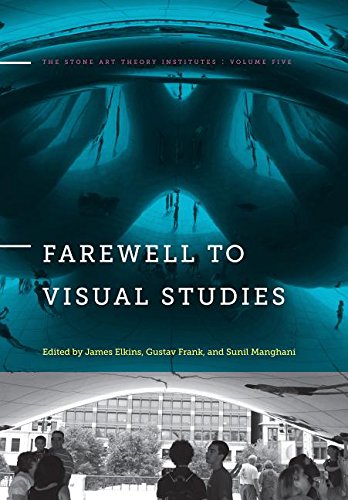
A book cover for Farewell to Visual Studies (The Stone Art Theory Institutes); Politics & Social Sciences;